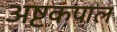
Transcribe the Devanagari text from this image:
अष्टकपाल